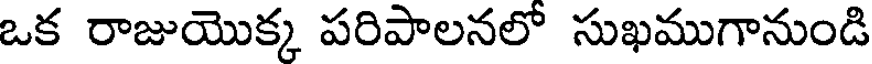
ఒక రాజుయొక్క పరిపాలనలో సుఖముగానుండి